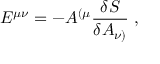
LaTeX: E ^ { \mu \nu } = - A ^ { ( \mu } { \frac { \delta S } { \delta A _ { \nu ) } } } \; ,